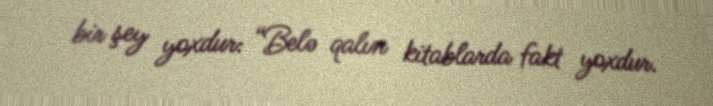
bir şey yoxdur: “Belə qalın kitablarda fakt yoxdur.